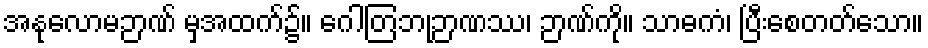
အနုလောမဉာဏ် မှအထက်၌။ ဂေါတြဘုဉာဏဿ၊ ဉာဏ်ကို။ သာဓကံ၊ ပြီးစေတတ်သော။